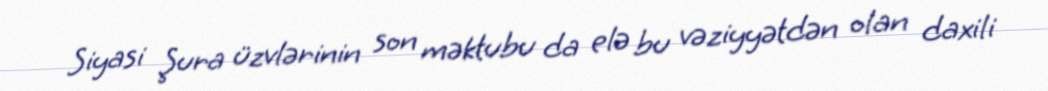
Siyasi Şura üzvlərinin son məktubu da elə bu vəziyyətdən olan daxili